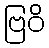
ဗြဝိ